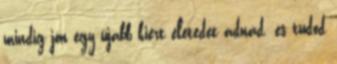
mindig jön egy újabb kiért életedet adnád. és tudod